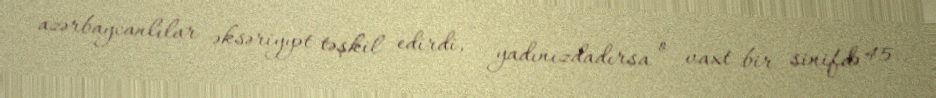
azərbaycanlılar əksəriyyət təşkil edirdi, - yadınızdadırsa o vaxt bir sinifdə 45